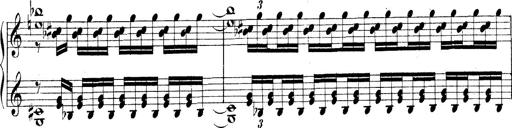
Title: Technische Studien
Composer: Franz Liszt